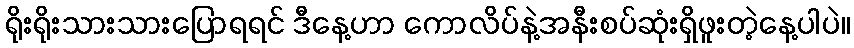
ရိုးရိုးသားသားပြောရရင် ဒီနေ့ဟာ ကောလိပ်နဲ့အနီးစပ်ဆုံးရှိဖူးတဲ့နေ့ပါပဲ။